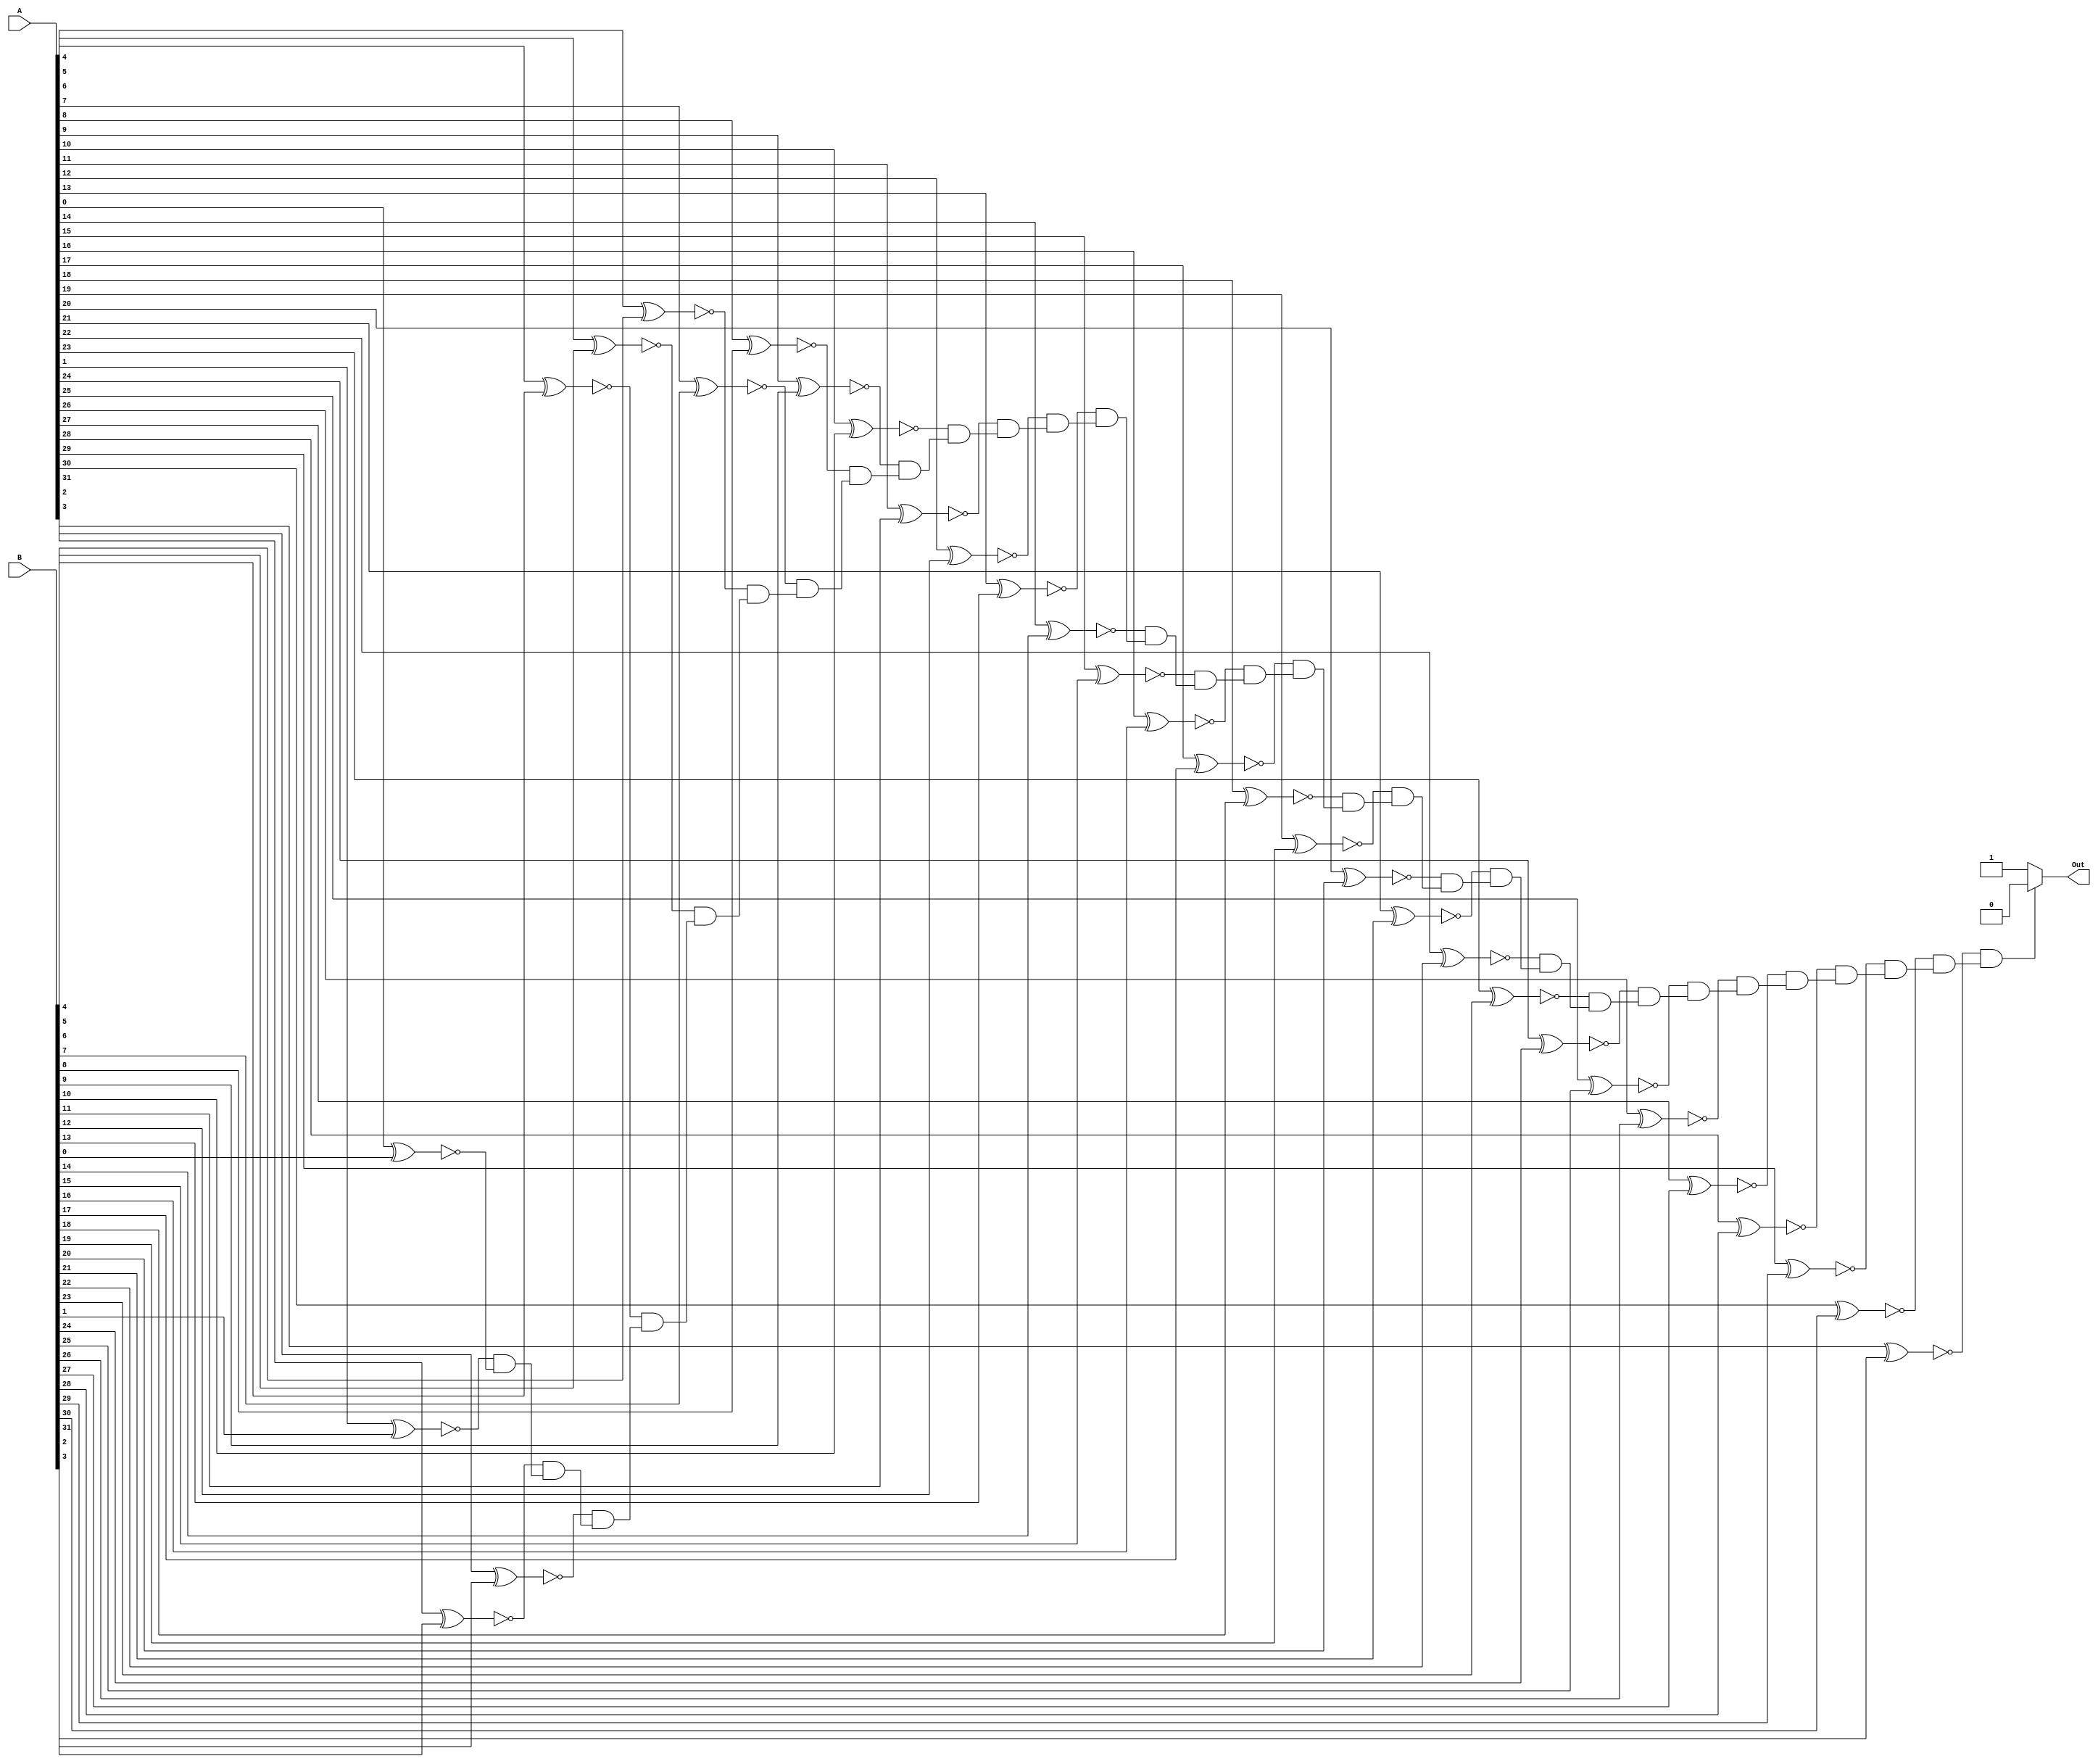
module isNotEqual(A, B, Out);
	input [31:0] A, B;
	output Out;
	
	wire [31:0] C1;
	genvar i1;
	
	generate
		for(i1 = 0; i1 < 32; i1 = i1 + 1) begin : xnor1
			xnor xnor1(C1[i1], A[i1], B[i1]);
		end
	endgenerate
	
	genvar j;
	
	wire [31:0] equal;
	
	and and1(equal[0], C1[1], C1[0]);
	generate
		for(j = 1; j < 31; j = j + 1) begin : and2
			and and3(equal[j], C1[j + 1], equal[j - 1]);
		end
	endgenerate
	
	assign Out = equal[30] ? 0 : 1;

endmodule